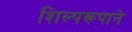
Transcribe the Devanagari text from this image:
शिल्परूपाने